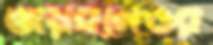
ওয়েবনির্ভর